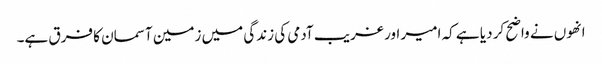
انھوں نے واضح کر دیا ہے کہ امیر اور غریب آدمی کی زندگی میں زمین آسمان کا فرق ہے۔